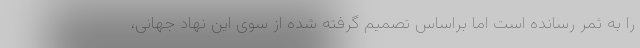
را به ثمر رسانده است اما براساس تصمیم گرفته شده از سوی این نهاد جهانی،